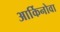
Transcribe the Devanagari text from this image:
आर्किनोवा